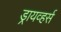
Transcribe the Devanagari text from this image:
ड्रायव्हर्स